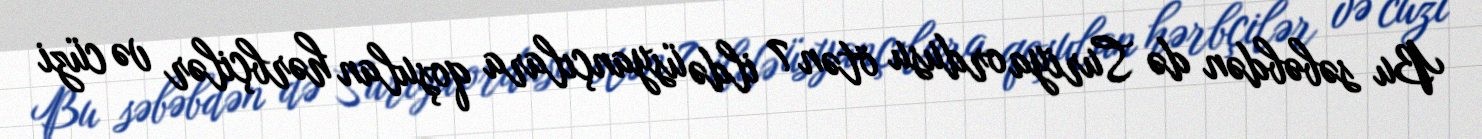
Bu səbəbdən də Suriya ordusu ötən 7 ildə üsyançılara qoşulan hərbçilər və cüzi